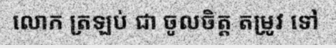
លោក ត្រឡប់ ជា ចូលចិត្ត តម្រូវ ទៅ